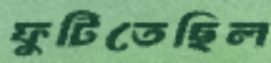
ফুটিতেছিল